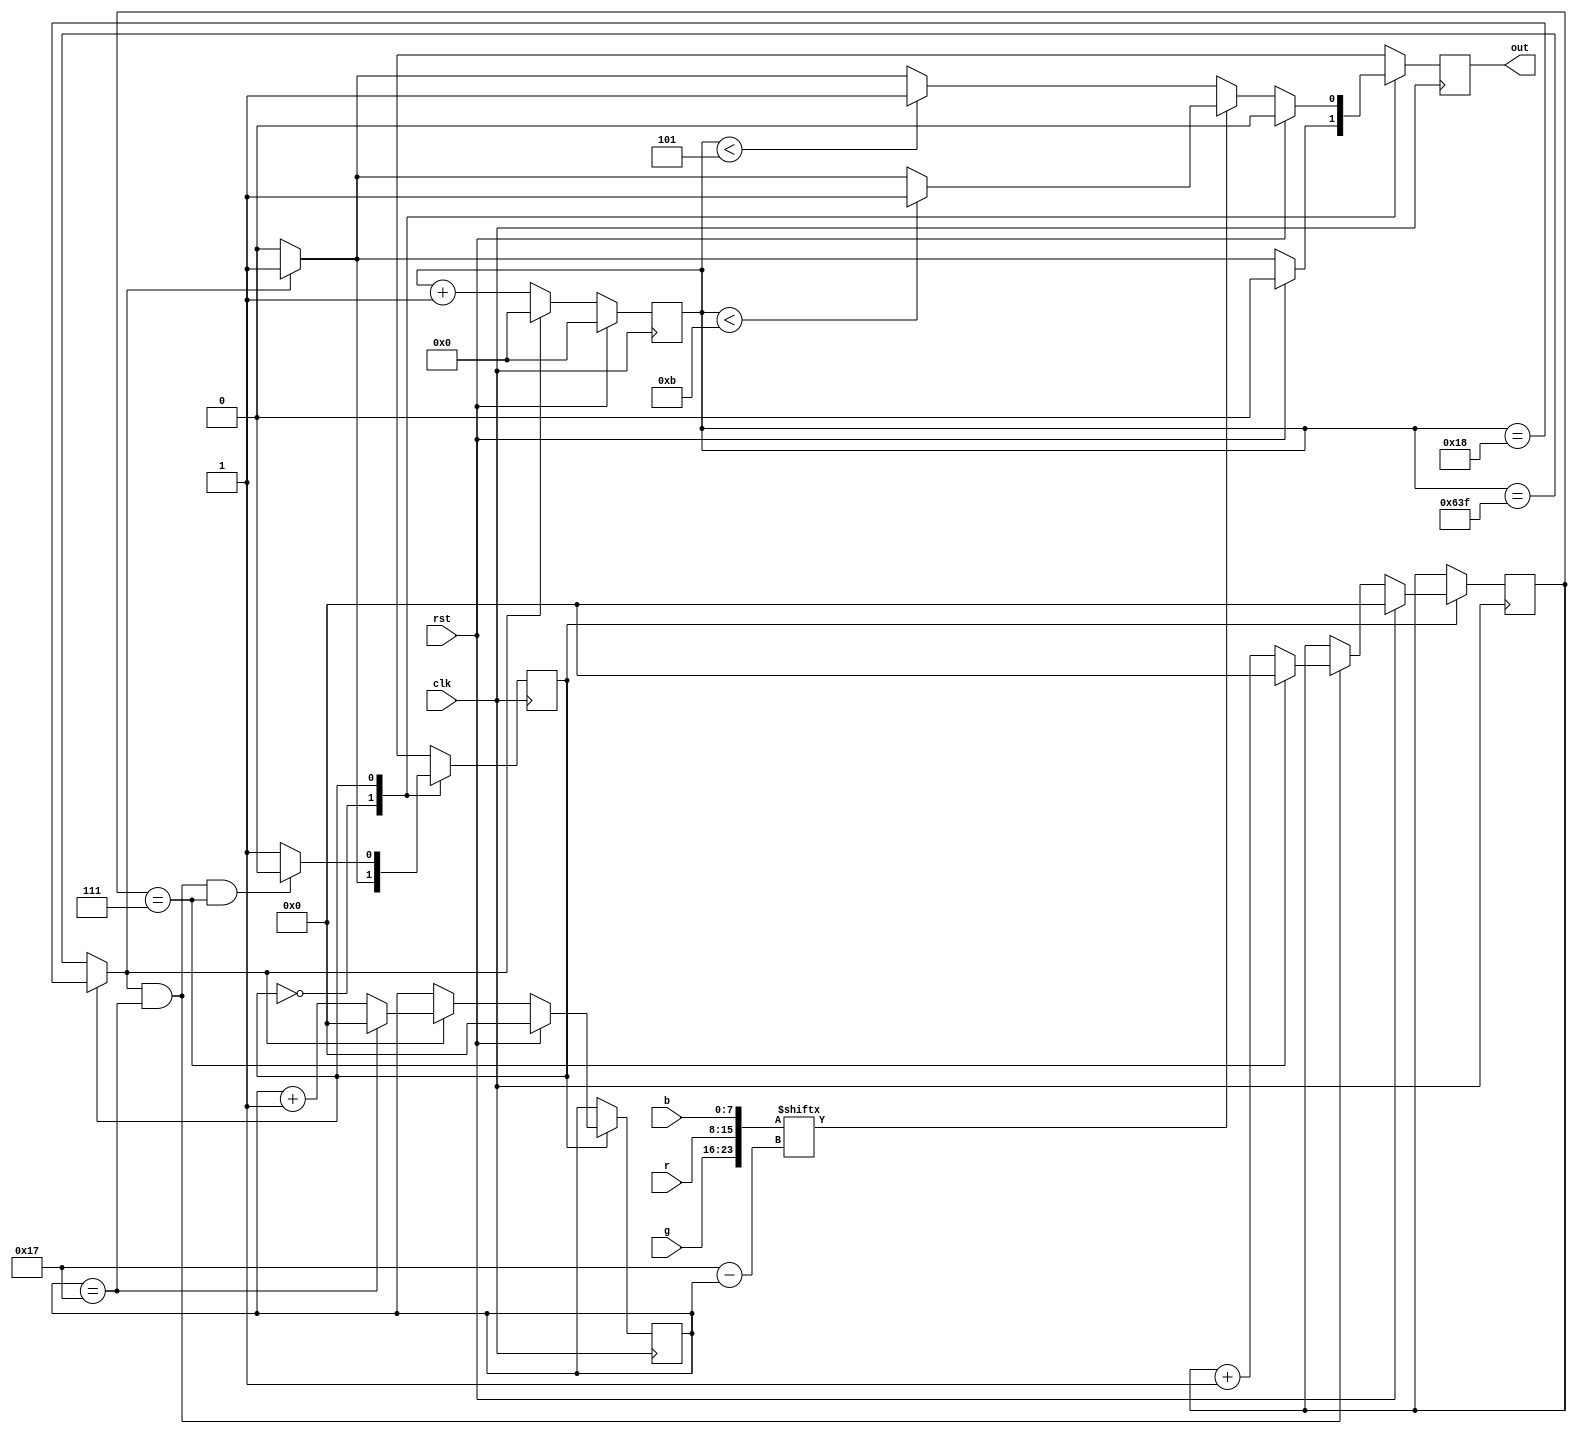
module pixel #(
	parameter DATA_TICKS = 25,
	parameter PAUSE_TICKS = 1600,
	parameter T0H = 6,
	parameter T1H = 12,
	parameter BITS = 24,
	parameter LEDS = 8
) (
	input clk,
	input rst,
	input [7:0] r,
	input [7:0] g,
	input [7:0] b,
	output reg out
);

	localparam STATE_PAUSE = 1'b0;
	localparam STATE_TXFER = 1'b1;
	reg state;

	reg [10:0] tick_index;
	wire last_tick;
	assign last_tick =
		(state == STATE_PAUSE) ?
			(tick_index == PAUSE_TICKS - 1) :
			(tick_index == DATA_TICKS - 1);

	reg [4:0] bit_index;
	wire last_bit;
	assign last_bit = (bit_index == BITS - 1);

	reg [4:0] led_index;
	wire last_led;
	assign last_led = (led_index == LEDS - 1);

	wire [BITS-1:0] data;
	assign data = { g, r, b };
	wire bit_value;
	assign bit_value = data[BITS - 1 - bit_index];

	always @(posedge clk)
	begin
		case (state)

			STATE_PAUSE:
			begin
				/* Count ticks */
				if (rst == 1'b1) tick_index <= 0;
				else if (last_tick) tick_index <= 0;
				else tick_index <= tick_index + 1;

				/* Drive output */
				if (rst == 1'b1) out <= 1'b0;
				else if (last_tick) out <= 1'b1;
				else out <= 1'b0;

				/* Determine state */
				state <= (last_tick) ? STATE_TXFER : STATE_PAUSE;
			end

			STATE_TXFER:
			begin
				/* Count ticks */
				if (rst == 1'b1) tick_index <= 0;
				else if (last_tick) tick_index <= 0;
				else tick_index <= tick_index + 1;

				/* Count bits */
				if (rst == 1'b1) bit_index <= 0;
				else if (last_tick)
				begin
					if (last_bit) bit_index <= 0;
					else bit_index <= bit_index + 1;
				end

				/* Count leds */
				if (rst == 1'b1) led_index <= 0;
				else if (last_tick && last_bit)
				begin
					if (last_led) led_index <= 0;
					else led_index <= led_index + 1;
				end

				/* Drive output */
				if (rst == 1'b1) out <= 1'b0;
				else if (bit_value == 1'b1)
				begin
					if (tick_index < T1H - 1) out <= 1'b1;
					else if (last_tick) out <= 1'b1;
					else out <= 1'b0;
				end
				else
				begin
					if (tick_index < T0H - 1) out <= 1'b1;
					else if (last_tick) out <= 1'b1;
					else out <= 1'b0;
				end

				/* Determine state */
				state <=
					(last_tick && last_bit && last_led)
						? STATE_PAUSE : STATE_TXFER;
			end

		endcase
	end

endmodule